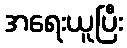
အရေးယူပြီး